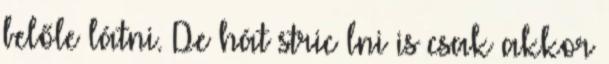
belőle látni. De hát stric lni is csak akkor